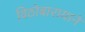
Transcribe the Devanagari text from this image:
विठोबारायाने